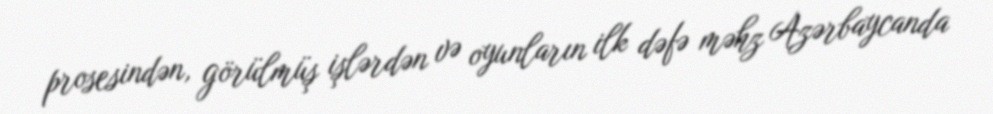
prosesindən, görülmüş işlərdən və oyunların ilk dəfə məhz Azərbaycanda